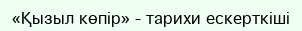
«Қызыл көпір» - тарихи ескерткіші